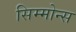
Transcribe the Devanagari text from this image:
सिम्मोन्स